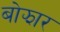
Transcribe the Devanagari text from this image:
बोझार